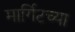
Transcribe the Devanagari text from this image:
मार्गिटच्या